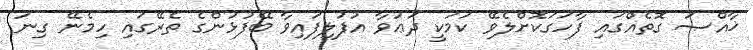
ޚާއްޞަ ގޮތެއްގައި ފާހަގަކޮށްލެވޭ ކަމަކީ ދަޢުވާ އުފުލިފައިވާ ބޭފުޅުންގެ ތެރޭގައި ހިމެނޭ ގިނަ